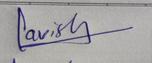
Signature authenticity: genuine